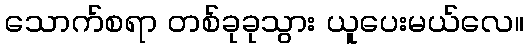
သောက်စရာ တစ်ခုခုသွား ယူပေးမယ်လေ။